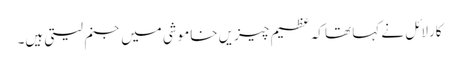
کارلائل نے کہا تھا کہ عظیم چیزیں خاموشی میں جنم لیتی ہیں۔